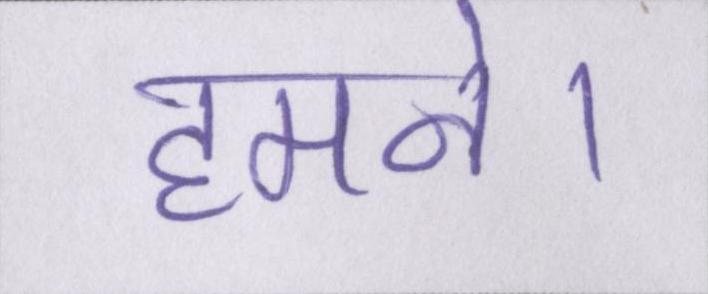
हमने।